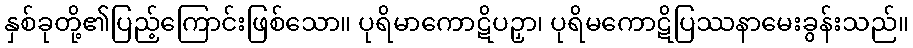
နှစ်ခုတို့၏ပြည့်ကြောင်းဖြစ်သော။ ပုရိမာကောဋိပဉှာ၊ ပုရိမကောဋိပြဿနာမေးခွန်းသည်။